Source: Handwritten
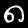
Digit: ၈ (8)